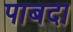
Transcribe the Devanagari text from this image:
पाबदा